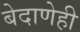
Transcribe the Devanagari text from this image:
बेदाणेही